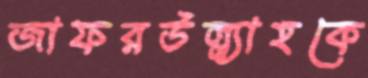
জাফরউল্ল্যাহকে